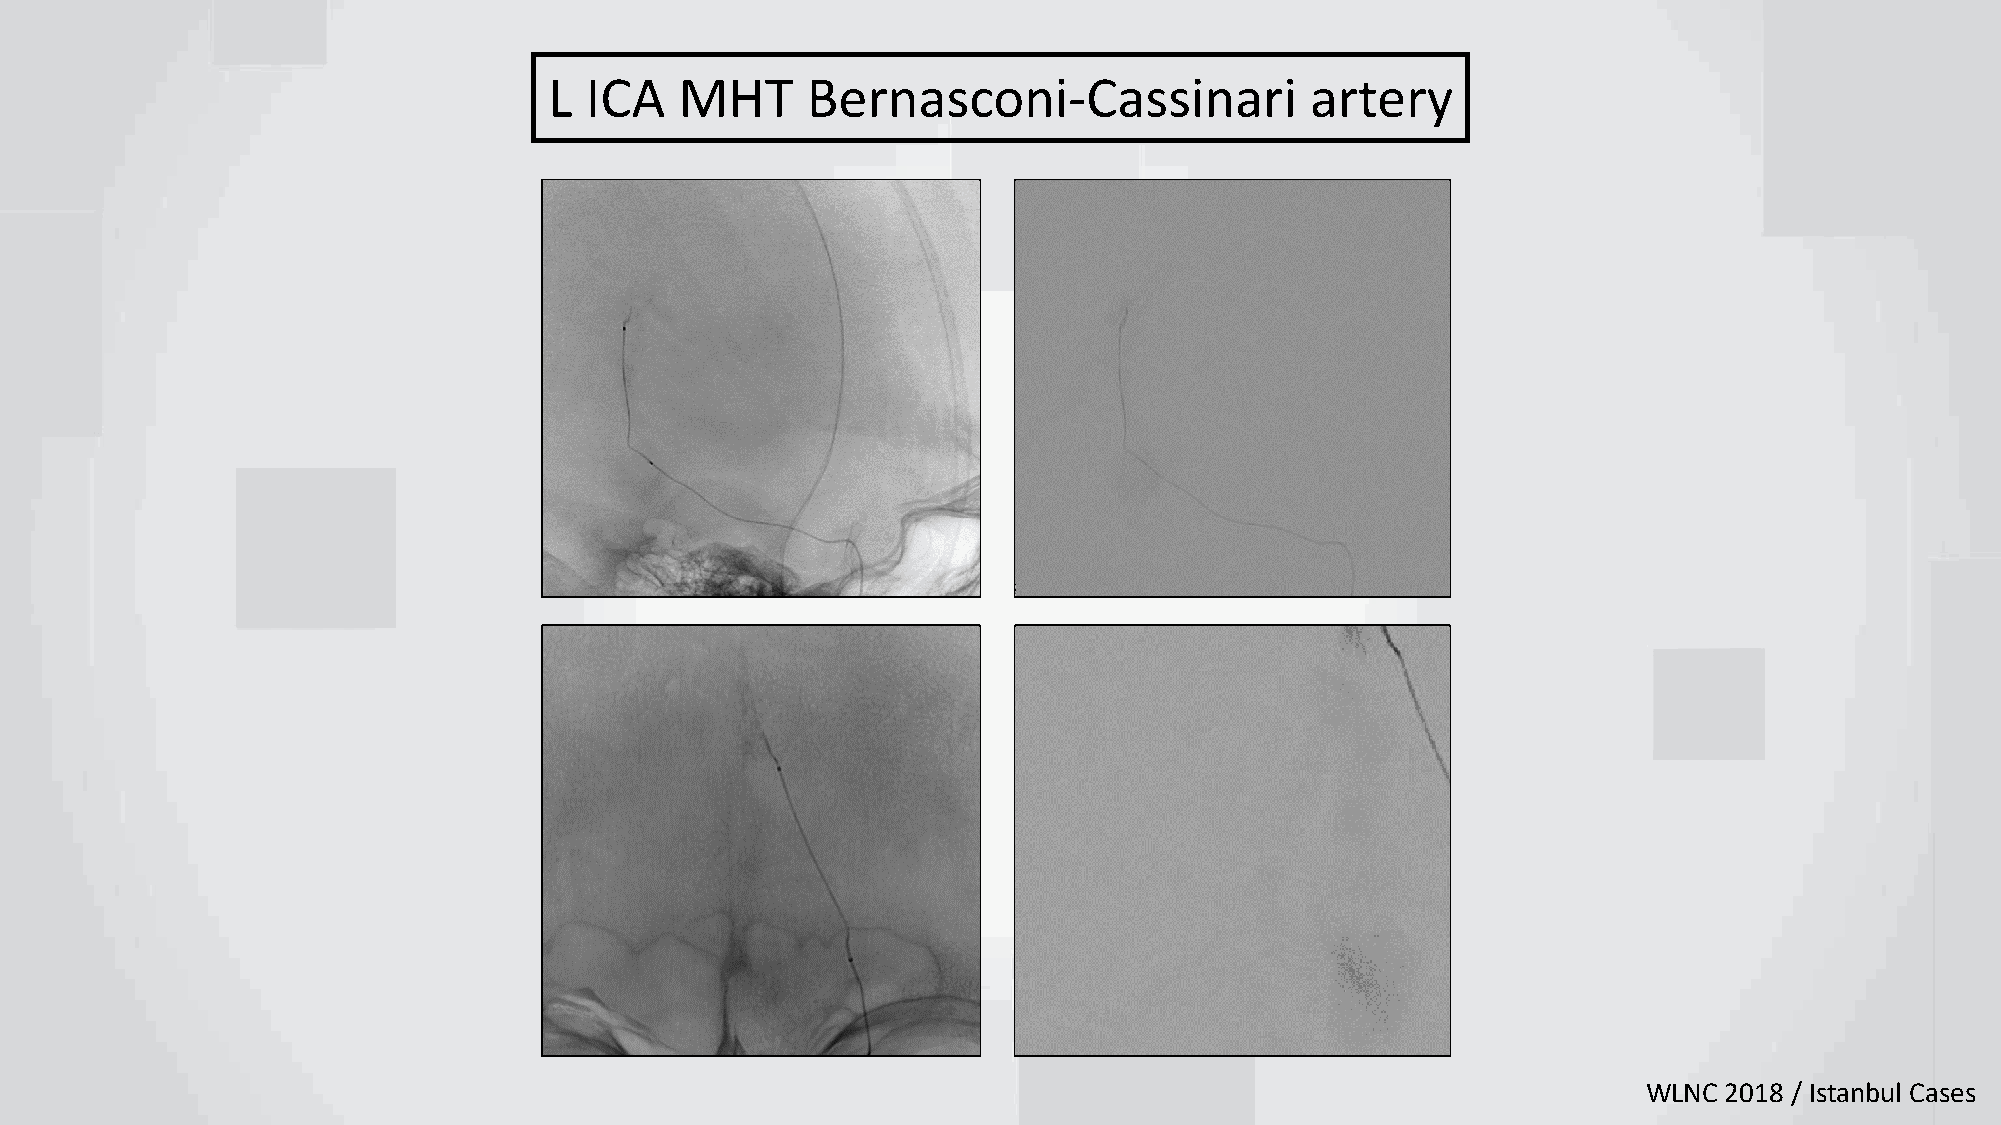
L  ICA   MHT     Bernasconi-Cassinari              artery
 WLNC 2018 / Istanbul Cases